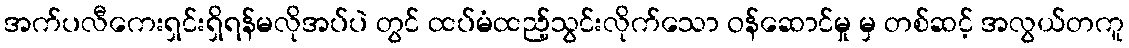
အက်ပလီကေးရှင်းရှိရန်မလိုအပ်ပဲ တွင် ထပ်မံထည့်သွင်းလိုက်သော ဝန်ဆောင်မှု မှ တစ်ဆင့် အလွယ်တကူ